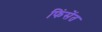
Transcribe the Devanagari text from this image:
फिंसेंत